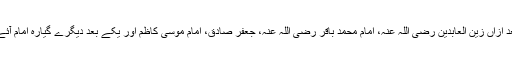
بعد ازاں زین العابدین رضی اللہ عنہ، امام محمد باقر رضی اللہ عنہ، جعفر صادق، امام موسیٰ کاظم اور یکے بعد دیگرے گیارہ امام آئے۔